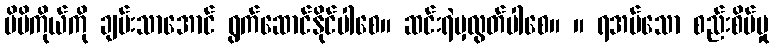
မိမိကိုယ်ကို ချမ်းသာအောင် ရွက်ဆောင်နိုင်ပါစေ။ ဆင်းရဲမှလွတ်ပါစေ။ ။ ရအပ်သော စည်းစိမ်မှု